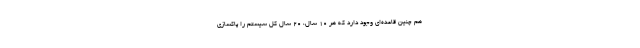
هم چنین قاعده‌ای وجود دارد که هر ۱۰ سال، ۲۰ سال کل سیستم را پاکسازی